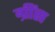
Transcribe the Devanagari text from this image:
ग्रींस